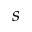
s